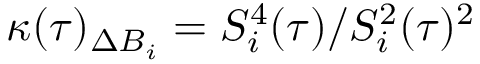
\kappa ( \tau ) _ { \Delta B _ { i } } = S _ { i } ^ { 4 } ( \tau ) / S _ { i } ^ { 2 } ( \tau ) ^ { 2 }